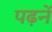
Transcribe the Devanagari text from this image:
पढ़नें